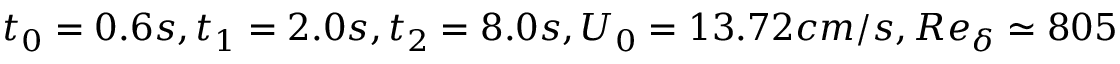
t _ { 0 } = 0 . 6 s , t _ { 1 } = 2 . 0 s , t _ { 2 } = 8 . 0 s , U _ { 0 } = 1 3 . 7 2 c m / s , R e _ { \delta } \simeq 8 0 5